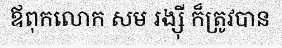
ឪពុកលោក សម រង្ស៊ី ក៏ត្រូវបាន